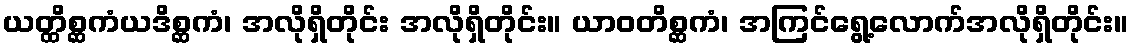
ယတ္ထိစ္ဆကံယဒိစ္ဆကံ၊ အလိုရှိတိုင်း အလိုရှိတိုင်း။ ယာဝတိစ္ဆကံ၊ အကြင်ရွေ့လောက်အလိုရှိတိုင်း။